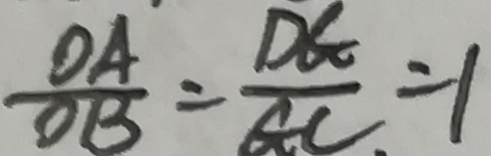
\frac { O A } { O B } = \frac { D G } { G C } = 1